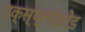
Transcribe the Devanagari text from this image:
एक्स्प्लाॅइटेड